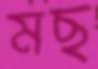
মছ